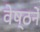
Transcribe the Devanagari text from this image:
वेष्ठनें